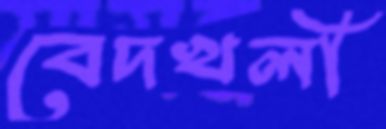
বেদখলী